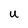
Character: U